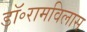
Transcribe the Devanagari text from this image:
डॉ॰रामविलास